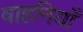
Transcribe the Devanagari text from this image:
वाहनियाँ